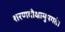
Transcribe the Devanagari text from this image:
शरणदीक्षामुपगते।